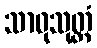
သာဓုသုတ္တံ